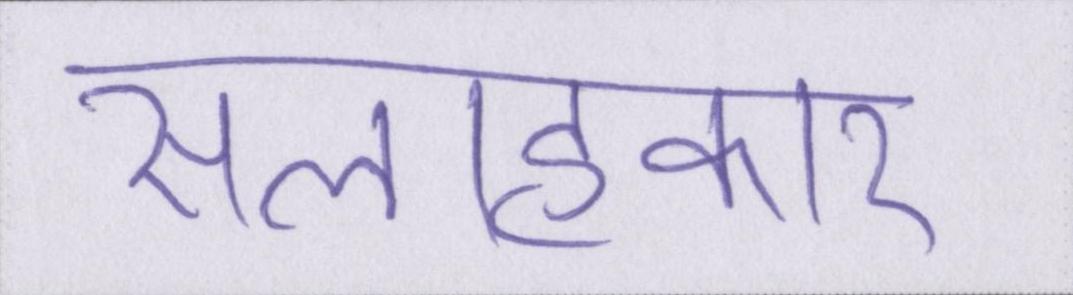
सलाहकार